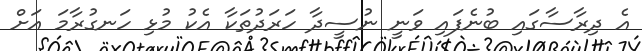
އެ ދިރާސާގައި ބުނެފައި ވަނީ ނުސީދާ ހަރަދުތަކާ އެކު މުޅި ހަނގުރާމަ އަށް